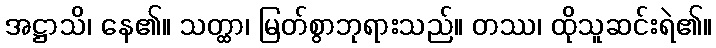
အဋ္ဌာသိ၊ နေ၏။ သတ္ထာ၊ မြတ်စွာဘုရားသည်။ တဿ၊ ထိုသူဆင်းရဲ၏။